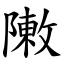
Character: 敶